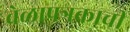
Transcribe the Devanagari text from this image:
वेळापत्रकाची